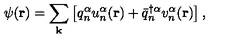
\psi ( { \bf r } ) = \sum _ { \bf k } \left[ q _ { n } ^ { \alpha } u _ { n } ^ { \alpha } ( { \bf r } ) + { \bar { q } } _ { n } ^ { \dagger { \alpha } } v _ { n } ^ { \alpha } ( { \bf r } ) \right] ,